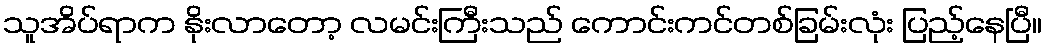
သူအိပ်ရာက နိုးလာတော့ လမင်းကြီးသည် ကောင်းကင်တစ်ခြမ်းလုံး ပြည့်နေပြီ။